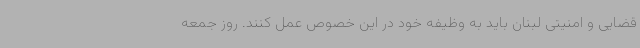
قضایی و امنیتی لبنان باید به وظیفه خود در این خصوص عمل کنند. روز جمعه